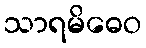
သာရမိဓေဝ